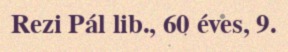
Rezi Pál lib., 60 éves, 9.